Cholera in India, 1862 to 1881
Year: 1862
Disease focus: Cholera
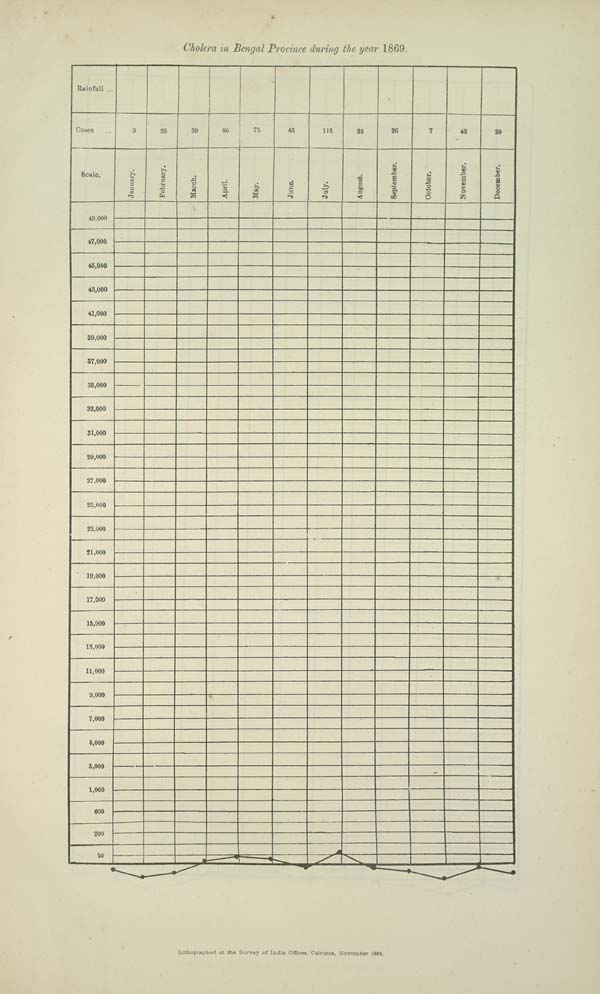
Cholera in Bengal Province during the year 1869
Lithographed at the Survey of India Offices, Calcutta, November 1884.